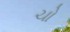
ચો